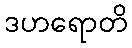
ဒဟရောတိ